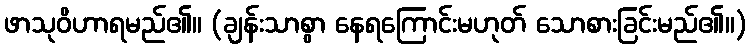
ဖာသုဝိဟာရမည်၏။ (ချန်းသာစွာ နေရကြောင်းမဟုတ် သောစားခြင်းမည်၏။)